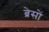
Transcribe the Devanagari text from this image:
ब्रेसों